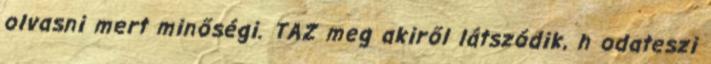
olvasni mert minőségi. TAZ meg akiről látszódik, h odateszi